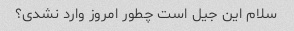
سلام این جیل است چطور امروز وارد نشدی؟